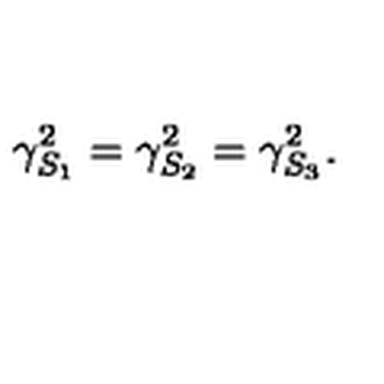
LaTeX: \gamma _ { S _ { 1 } } ^ { 2 } = \gamma _ { S _ { 2 } } ^ { 2 } = \gamma _ { S _ { 3 } } ^ { 2 } .